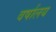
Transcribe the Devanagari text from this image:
वर्षालय